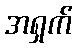
အရှက်